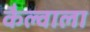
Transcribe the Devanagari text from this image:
कैल्वाला